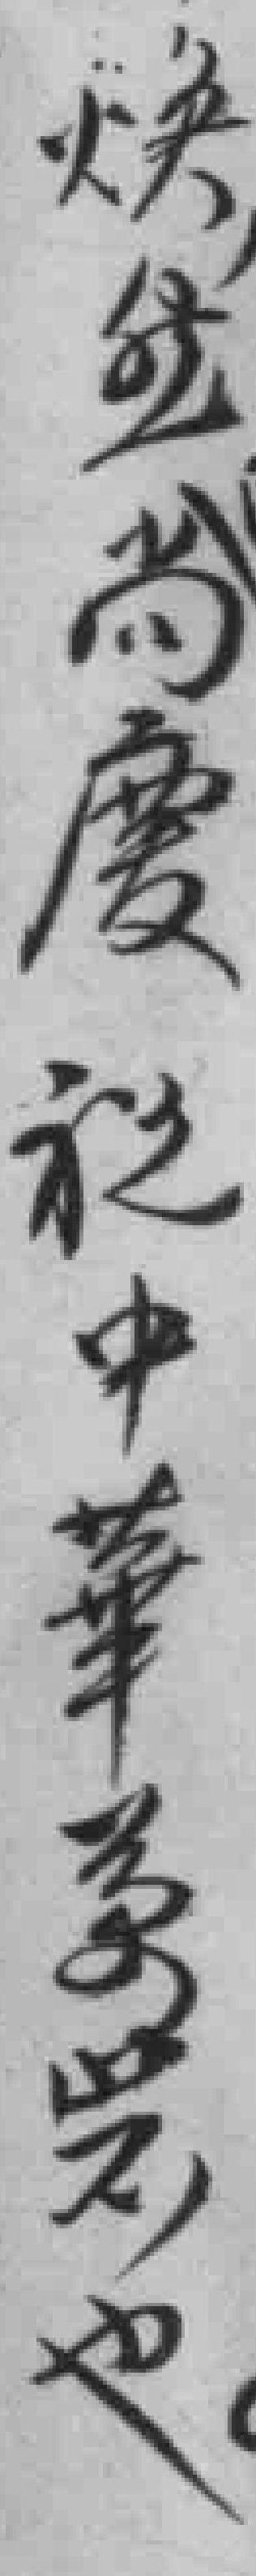
煥然尚慶祝中華萬嵗也